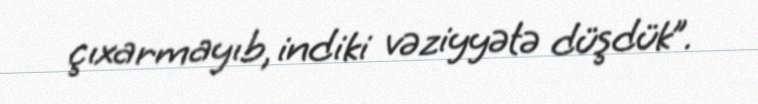
çıxarmayıb, indiki vəziyyətə düşdük”.